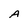
Character: A